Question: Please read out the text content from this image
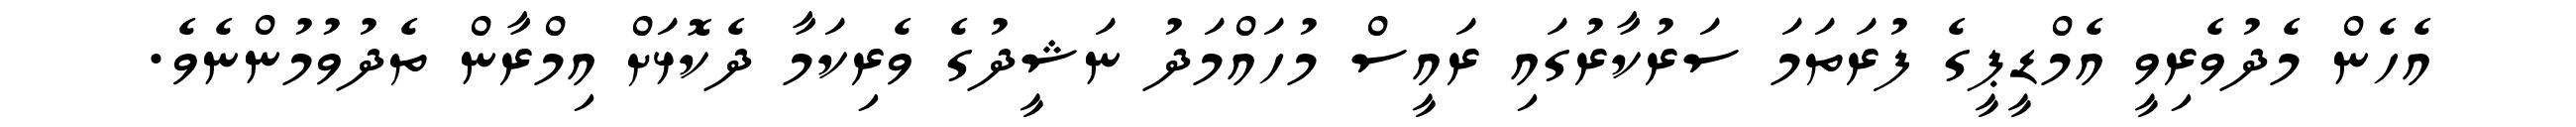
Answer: އެހެން މެދުވެރިވީ އެމްޑީޕީގެ ފުރަތަމަ ސަރުކާރުގައި ރައީސް މުހައްމަދު ނަޝީދުގެ ވެރިކަމާ ދެކޮޅަށް އިމްރާން ތެދުވުމުންނެވެ.